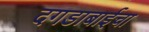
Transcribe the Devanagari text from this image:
दगडाबाईचा